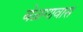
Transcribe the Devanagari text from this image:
बेळगावास